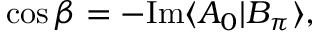
\cos { \beta } = - \mathrm { I m } \langle A _ { 0 } | B _ { \pi } \rangle ,